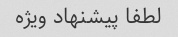
لطفا پیشنهاد ویژه